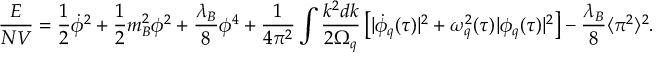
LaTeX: \frac { E } { N V } = \frac { 1 } { 2 } \dot { \phi } ^ { 2 } + \frac { 1 } { 2 } m _ { B } ^ { 2 } \phi ^ { 2 } + \frac { \lambda _ { B } } { 8 } \phi ^ { 4 } + \frac { 1 } { 4 \pi ^ { 2 } } \int \frac { k ^ { 2 } d k } { 2 \Omega _ { q } } \left[ | \dot { \phi } _ { q } ( \tau ) | ^ { 2 } + \omega _ { q } ^ { 2 } ( \tau ) | \phi _ { q } ( \tau ) | ^ { 2 } \right] - \frac { \lambda _ { B } } { 8 } \langle \pi ^ { 2 } \rangle ^ { 2 } .